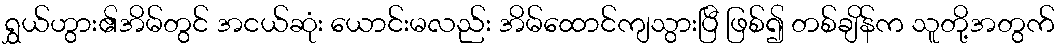
ရွှယ်ဟွား၏အိမ်တွင် အငယ်ဆုံး ယောင်းမလည်း အိမ်ထောင်ကျသွားပြီ ဖြစ်၍ တစ်ချိန်က သူတို့အတွက်